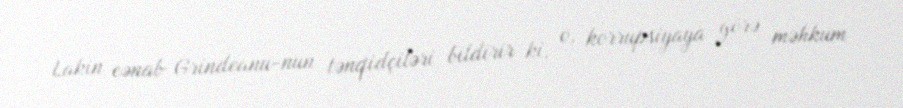
Lakin cənab Grindeanu-nun tənqidçiləri bildirir ki, o, korrupsiyaya görə məhkum